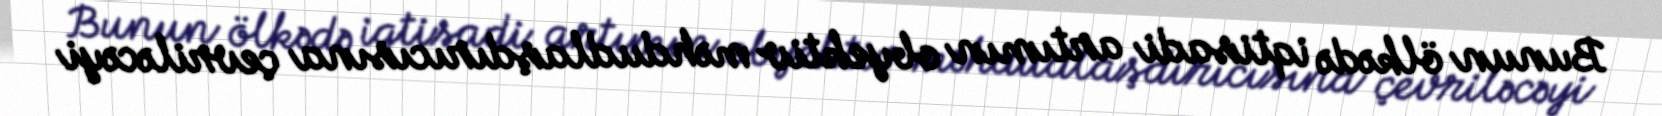
Bunun ölkədə iqtisadi artımın obyektiv məhdudlaşdırıcısına çevriləcəyi